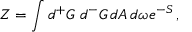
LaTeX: Z = \int d { ^ + G } \, \, d { ^ - G } \, d A \, d \omega e ^ { - S } \, ,